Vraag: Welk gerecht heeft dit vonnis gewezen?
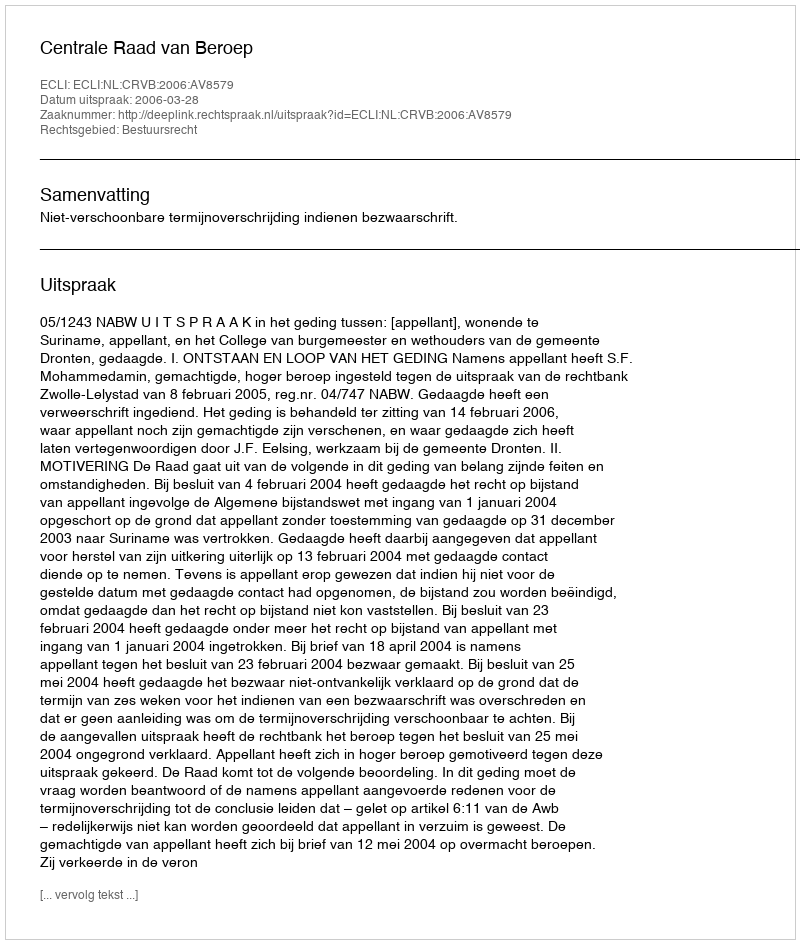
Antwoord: Centrale Raad van Beroep